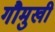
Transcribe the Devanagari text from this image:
गौमुखी